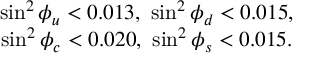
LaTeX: \begin{array} { c c } { { \sin ^ { 2 } \phi _ { u } < 0 . 0 1 3 , \ \sin ^ { 2 } \phi _ { d } < 0 . 0 1 5 , } } \\ { { \sin ^ { 2 } \phi _ { c } < 0 . 0 2 0 , \ \sin ^ { 2 } \phi _ { s } < 0 . 0 1 5 . } } \end{array}